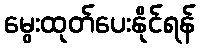
မွေးထုတ်ပေးနိုင်ရန်